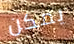
يمكن